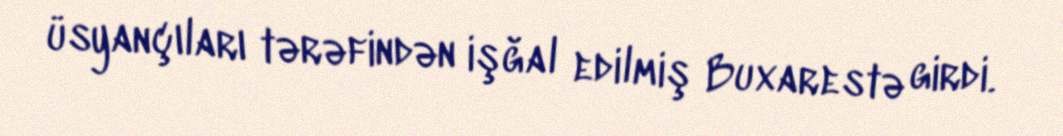
üsyançıları tərəfindən işğal edilmiş Buxarestə girdi.